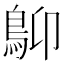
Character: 𩾱